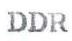
DDR